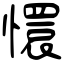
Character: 懁